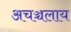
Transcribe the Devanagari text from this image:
अचञ्चलाय